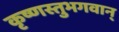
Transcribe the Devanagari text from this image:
कृष्णस्तुभगवान्